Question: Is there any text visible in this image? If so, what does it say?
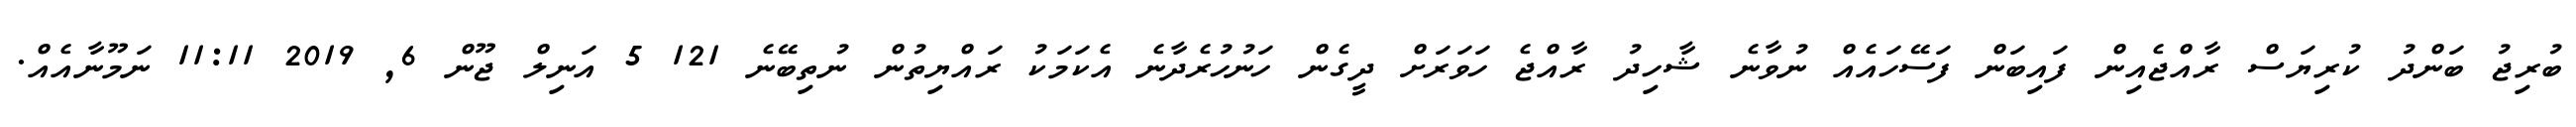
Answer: ބުރިޖު ބަންދު ކުރިޔަސް ރާއްޖެއިން ފައިބަން ފަސޭހައެއް ނުވާނެ ޝާހިދު ރާއްޖެ ހަވަރަށް ދީގެން ހަނުހުރެދާނެ އެކަމަކު ރައްޔިތުން ނުތިބޭނެ 121 5 އަނިލް ޖޫން 6, 2019 11:11 ނަމޫނާއެއް.